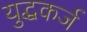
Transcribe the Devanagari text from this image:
युद्धकर्ज